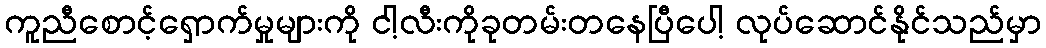
ကူညီစောင့်ရှောက်မှုများကို ငါ့လီးကိုခုတမ်းတနေပြီပေါ့ လုပ်ဆောင်နိုင်သည်မှာ